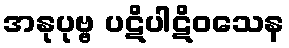
အနုပုဗ္ဗ ပဋိပါဋိဝသေန